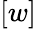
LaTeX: [w]